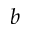
b